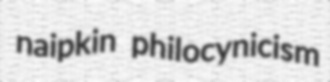
naipkin philocynicism